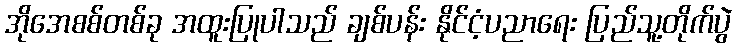
အိုအေစစ်တစ်ခု အထူးပြုပါသည် ချစ်ပန်း နိုင်ငံ့ပညာရေး ပြည်သူ့တိုက်ပွဲ